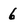
Character: 6